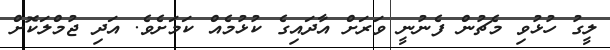
ލީގު ހުޅުވި މެޗުން ފެނުނީ ވަރަށް އާދައިގެ ކުޅުމެއް ކަމަށެވެ. އަދި ޖުމްލަކޮށް